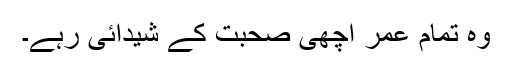
وہ تمام عمر اچھی صحبت کے شیدائی رہے۔